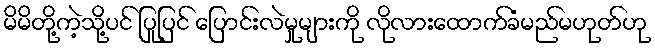
မိမိတို့ကဲ့သို့ပင် ပြုပြင် ပြောင်းလဲမှုများကို လိုလားထောက်ခံမည်မဟုတ်ဟု